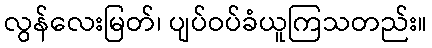
လွန်လေးမြတ်၊ ပျပ်ဝပ်ခံယူကြသတည်း။